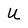
Character: U